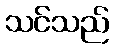
သင်သည်